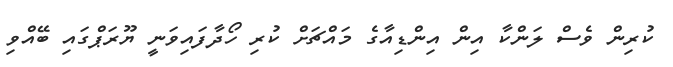
ކުރިން ވެސް ލަންކާ އިން އިންޑިއާގެ މައްޗަށް ކުރި ހޯދާފައިވަނީ ޔޫރަޕްގައި ބޭއްވި